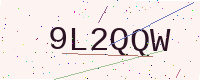
Text: 9L2QQW